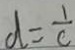
d = \frac { 1 } { c }